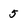
Character: 5